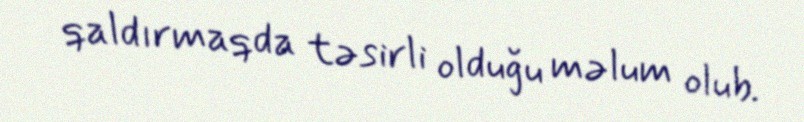
qaldırmaqda təsirli olduğu məlum olub.